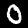
Digit: 0